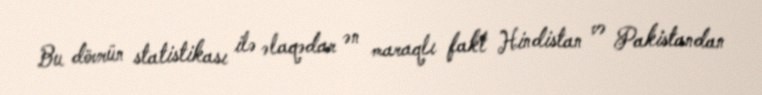
Bu dövrün statistikası ilə əlaqədar ən maraqlı fakt Hindistan və Pakistandan